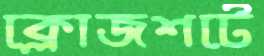
ক্লোজশটে